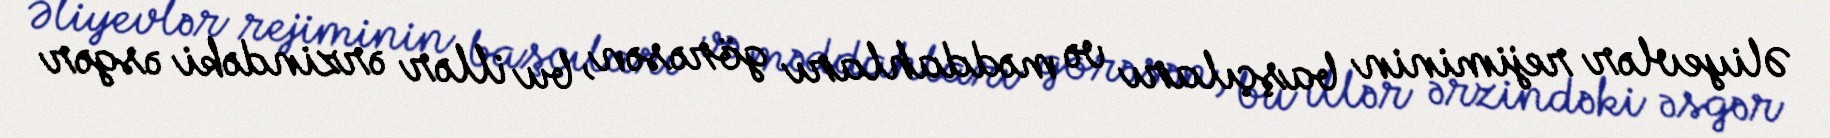
Əliyevlər rejiminin başçıları və məddahları görəsən, bu illər ərzindəki əsgər